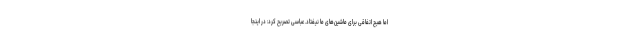
اما هیچ اتفاقی برای ماشین‌های ما نیفتاد. عباسی تصریح کرد: در اینجا